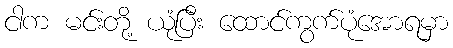
ငါက မင်းတို့ ယုံပြီး ထောင်ကွက်ပုံအောရမှာ